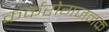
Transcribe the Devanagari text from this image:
कर्करोगजनक